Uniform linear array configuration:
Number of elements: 64
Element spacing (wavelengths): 0.75
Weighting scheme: cosine
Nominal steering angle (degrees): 60
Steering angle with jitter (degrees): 61.859
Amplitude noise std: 0.05
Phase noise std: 0.05

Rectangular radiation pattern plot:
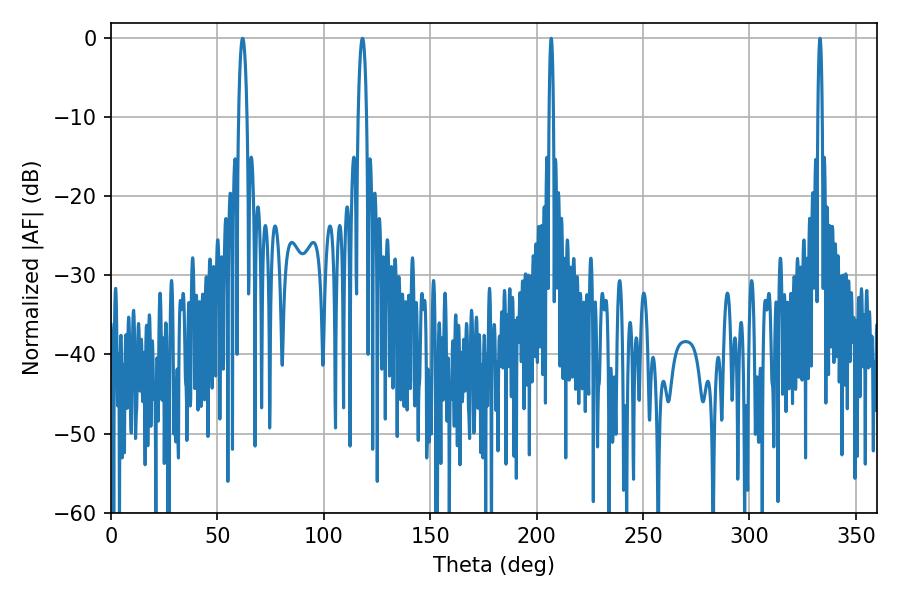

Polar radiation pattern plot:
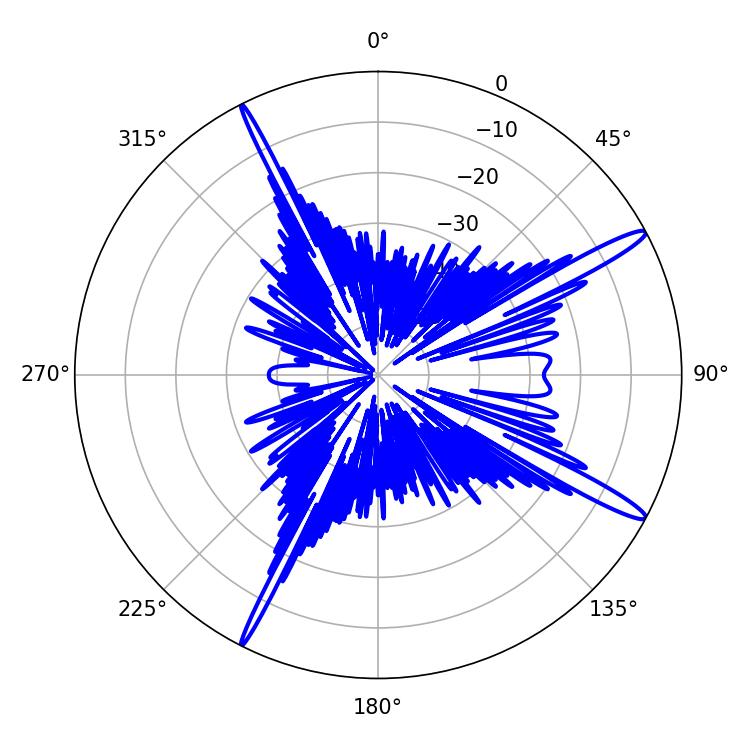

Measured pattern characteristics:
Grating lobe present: TRUE
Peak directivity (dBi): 15.398
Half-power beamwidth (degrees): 1.08
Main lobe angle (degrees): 206.82